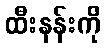
ထီးနန်းကို